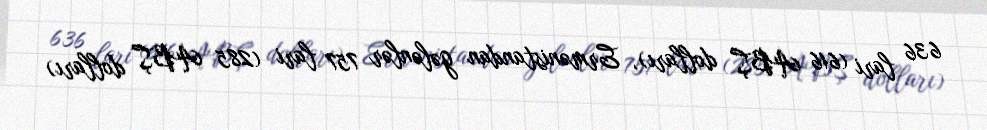
636 lari (616 ABŞ dolları), Ermənistandan gələnlər 757 lari (285 ABŞ dolları)